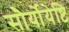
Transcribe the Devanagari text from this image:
सौर्योयेष्टि